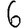
Digit: 6